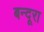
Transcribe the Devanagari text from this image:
बन्दूरा